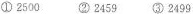
①2500 ②2459 ③2499